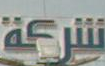
شركة